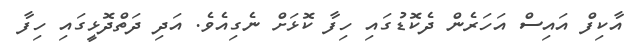
އާކިފް އައިސް އަހަރެން ދެކޮޑުގައި ހިފާ ކޮޅަށް ނެގިއެވެ. އަދި ދަތްދޮޅީގައި ހިފާ